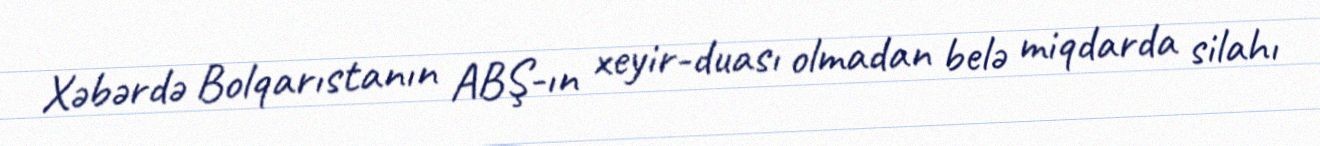
Xəbərdə Bolqarıstanın ABŞ-ın xeyir-duası olmadan belə miqdarda silahı